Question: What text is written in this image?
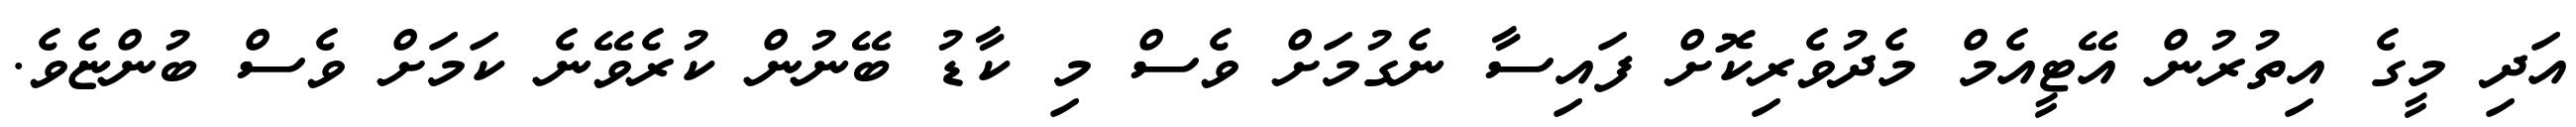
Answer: އަދި މީގެ އިތުރުން އޭޓީއެމް މެދުވެރިކޮށް ފައިސާ ނެގުމަށް ވެސް މި ކާޑު ބޭނުން ކުރެވޭނެ ކަމަށް ވެސް ބުންޏެވެ.